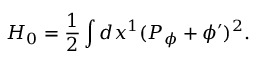
H _ { 0 } = { \frac { 1 } { 2 } } \int d x ^ { 1 } ( P _ { \phi } + \phi ^ { \prime } ) ^ { 2 } .